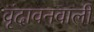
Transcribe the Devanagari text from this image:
वृंदावनवाली